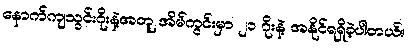
နောက်ကျသွင်းဂိုးနဲ့အတူ အိမ်ကွင်းမှာ ၂၁ ဂိုးနဲ့ အနိုင်ရရှိခဲ့ပါတယ်။